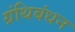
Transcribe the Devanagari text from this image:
ग्रंथिबंधन